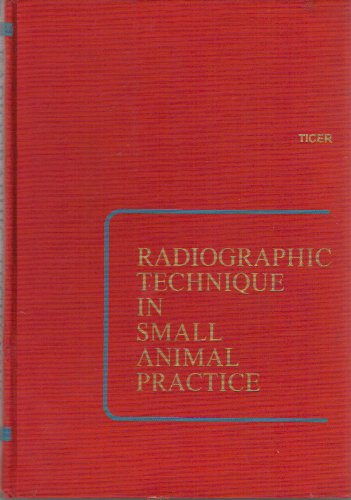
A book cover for Radiographic Technique in Small Animal Practice; James W. Ticer; Medical Books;